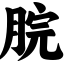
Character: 脘